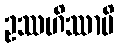
ဥဿဟိဿာမိ